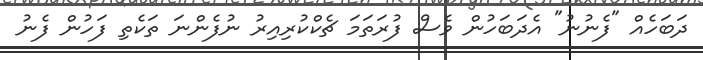
ދަބަހެއް "ފެނުނު" އެދަބަހުން ވެސް ފުރަތަމަ ޗެކްކުރިއިރު ނުފެންނަ ތަކެތި ފަހުން ފެނު